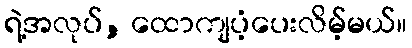
ရဲ့အလုပ်, ထောကျပံ့ပေးလိမ့်မယ်။